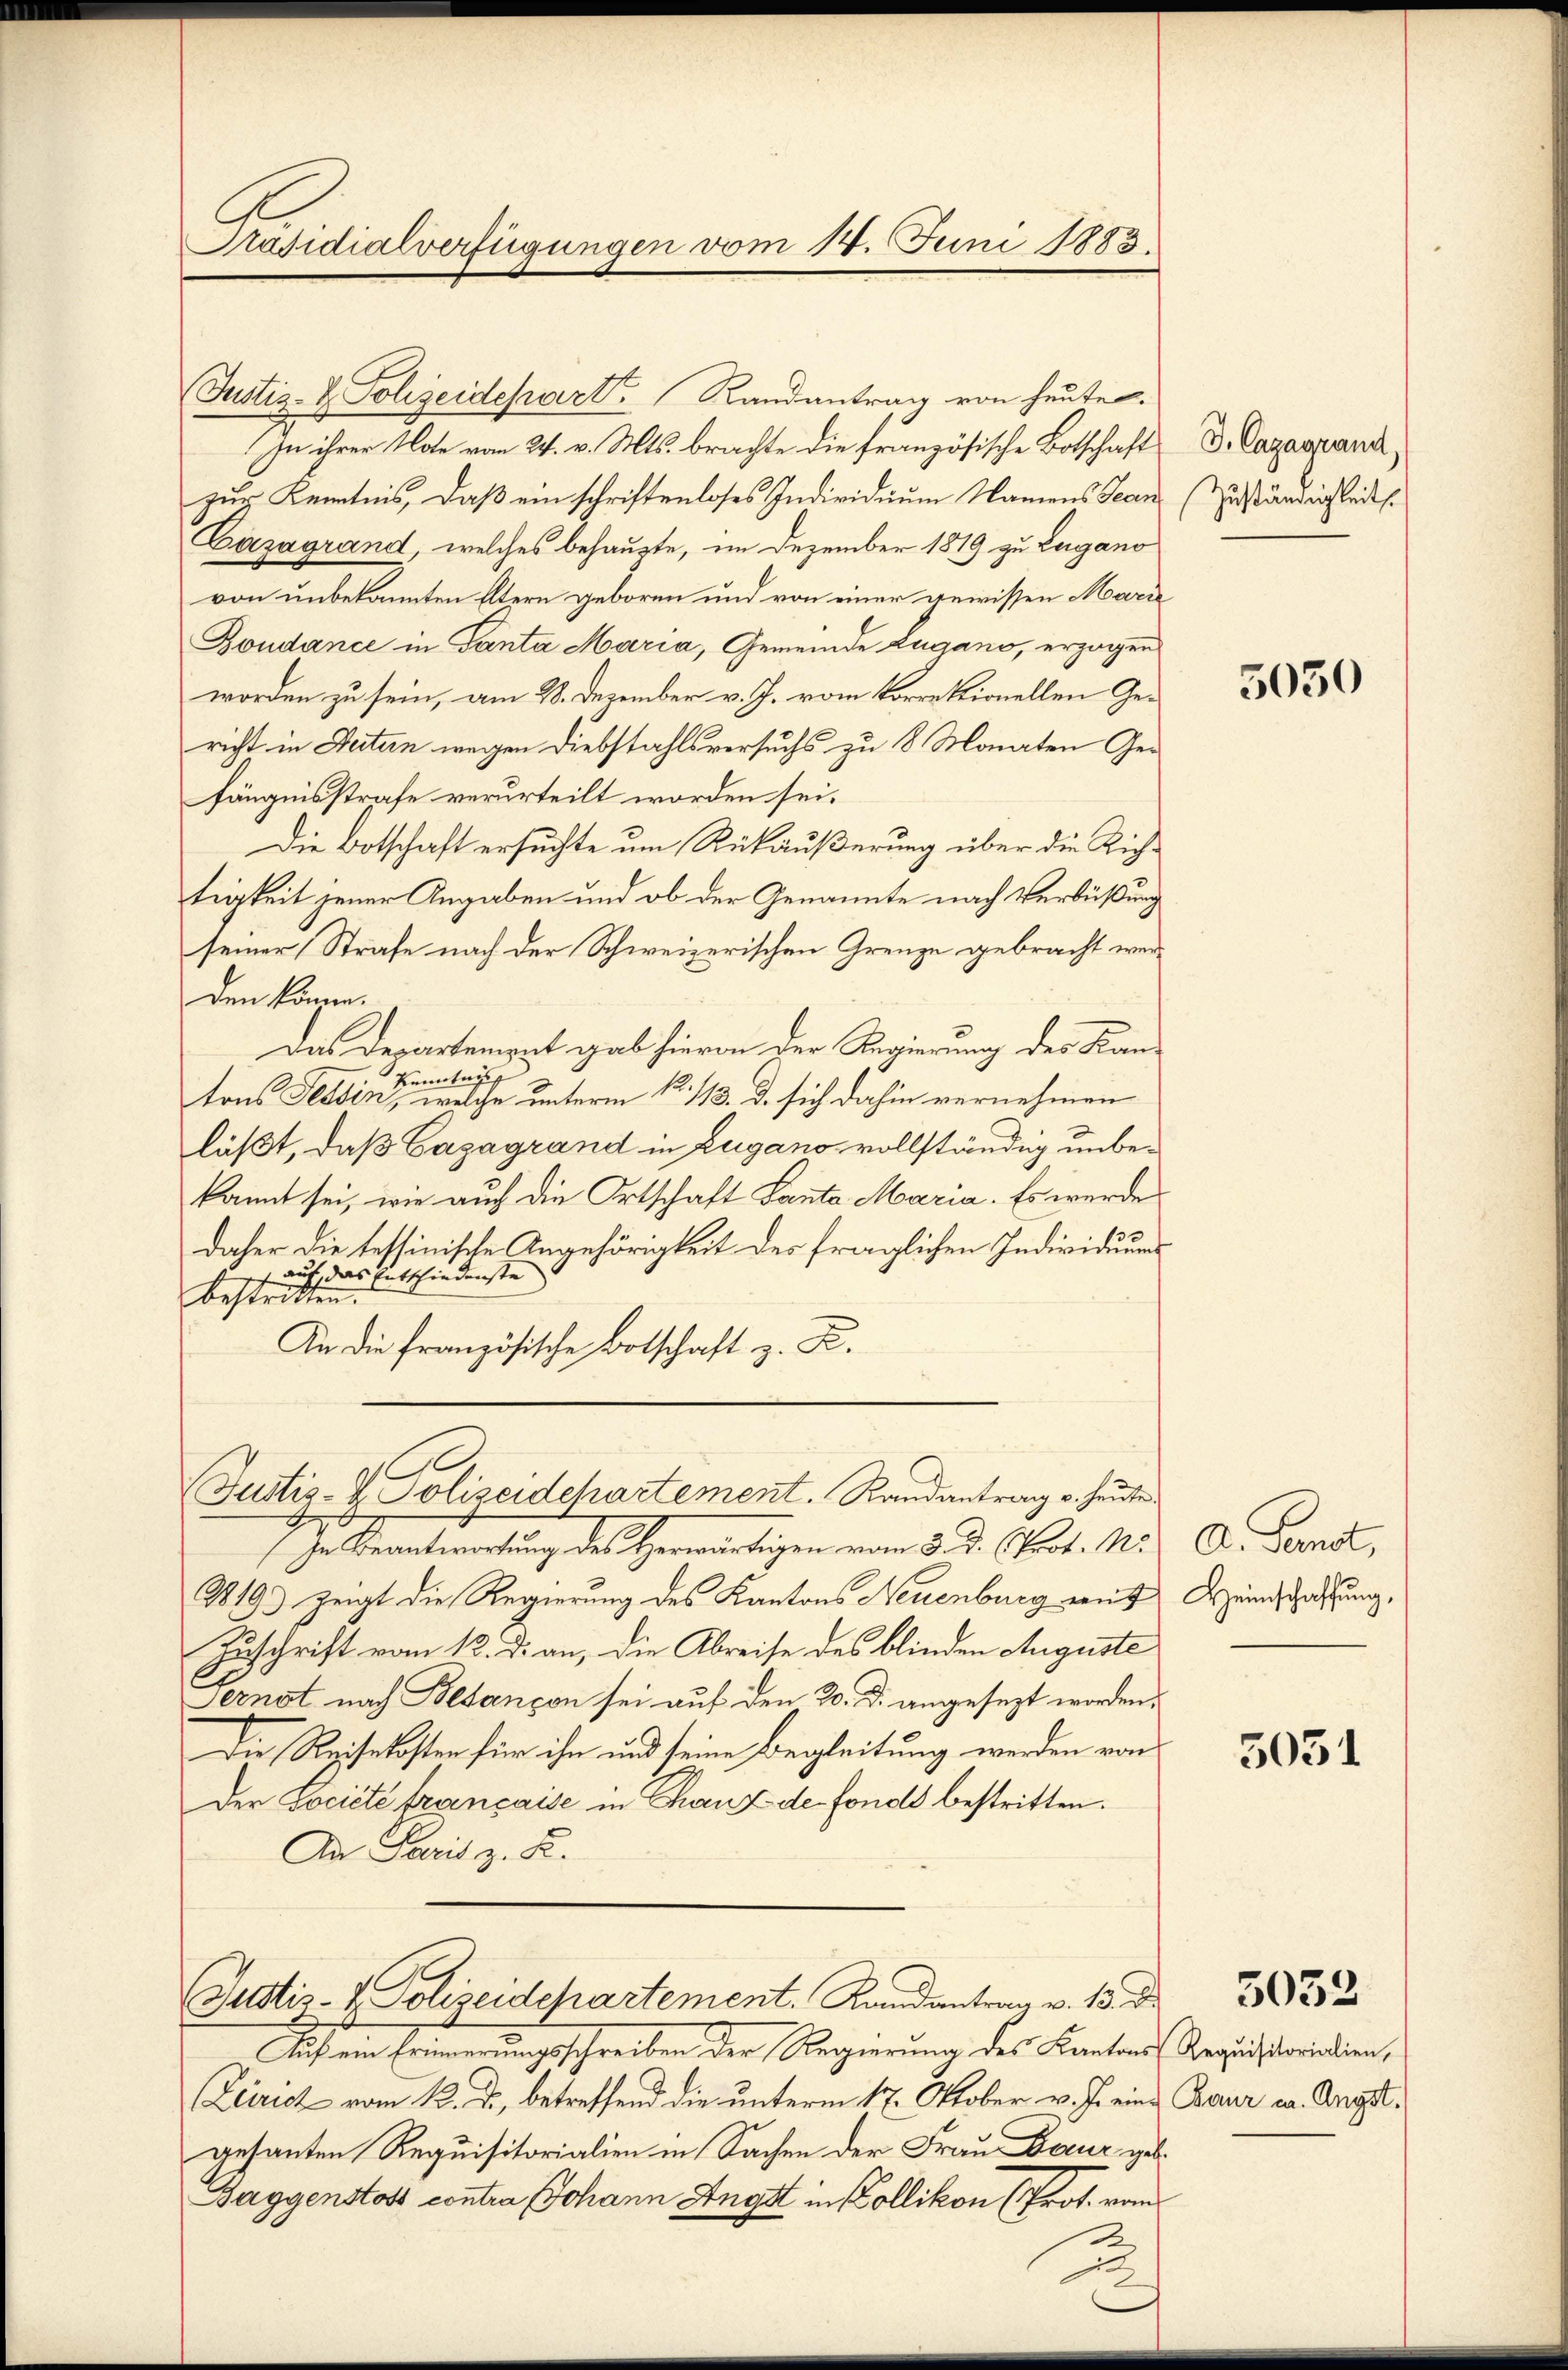
Präsidialverfügungen vom 14. Juni 1883.

(Justiz- & Polizeidepart Randantrag von heute.
In ihrer Note vom 24. v. Mts. brachte die französische Botschaft
zur Kenntnis, daß ein schriftenloses Individuum Namens Jean
Cazagrand, welches behaupte, im Dezember 1819 zu Lugano
von unbekannten Eltern geboren und von einer gewissen Marie
Boudance in Ganta Maria, Gemeinde Zugano, erzogen
worden zu sein, am 28. Dezember v. J. vom korrektionellen Gericht in Seitern wegen Diebstahlsversuchs zu 8 Monaten Gefängnisstrafe verurteilt worden sei.
Die Botschaft ersuchte um Rückäußerung über die Richtigkeit jener Angaben und ob der Genannte nach Verbüßung
seiner Strafe nach der Schweizerischen Grenze gebracht werden komme.
Das Departement gab hievon der Regierung des Kan¬
Kenntnis
tons Tessin, welche unterm 12. 113. d. sich dahin vernehmen
läßt, daß Cazagrand in Zugano vollständig unbekannt sei, wie auch die Ortschaft Lanta Maria. Es werde
daher die tessinische Angehörigkeit des fraglichen Individuums
auf das Entschiedenste
bestritten.
An die französische Botschaft z. B.

Justiz- & Polizeidchartement. Randantrag v. heute

In Beantwortung des Herwärtigen vom 3. d. Prot. N.
2819) zeigt die Regierung des Kantons Neuenburg auf
Zuschrift vom 13. d. an, die Abreise des blinden Auguste
Sernot nach Besançon sei auf den 20. d. angesezt worden.
Die Reisekosten für ihn und seine Begleitung werden von
Der Locicte française in Chanz de fonds bestritten.
An Paris z. B.
Justiz- & Polizeidepartement. Randantrag v. 13. d.
Auf ein Erinnerungsschreiben der Regierung des Kantons Requistorialien,
Zeirich vom 12. ds., betreffend die unterm 17. Oktober v. J. eine Baur ca. Angegesanten Requisitorialien in Sachen der Frau Baur geb.
Baggenstost contra Johann Angst in Kollikon (Prot. vom
2

J. Cazagrand,
Zuständigkeit

5050

A. Fenst,
Heimschaffung,

5051

5032